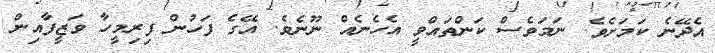
އެދޭނެ ކަމަށެވެ. ނަމަވެސް ކަންތައްވީ އެހެނެއް ނޫނެވެ. އޭގެ ފަހުން ފިރިމީހާ ވަޒީފާއިން